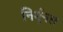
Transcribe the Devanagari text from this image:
निर्मूनल